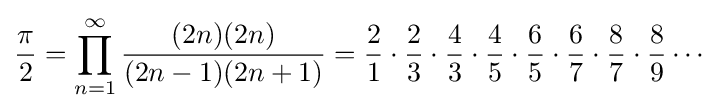
{\frac {\pi }{2}}=\prod _{n=1}^{\infty }{\frac {(2n)(2n)}{(2n-1)(2n+1)}}={\frac {2}{1}}\cdot {\frac {2}{3}}\cdot {\frac {4}{3}}\cdot {\frac {4}{5}}\cdot {\frac {6}{5}}\cdot {\frac {6}{7}}\cdot {\frac {8}{7}}\cdot {\frac {8}{9}}\cdots